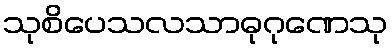
သုစိပေသလသာဓုဂုဏေသု